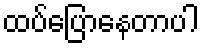
ထပ်ပြောနေတာပါ